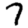
Digit: 7